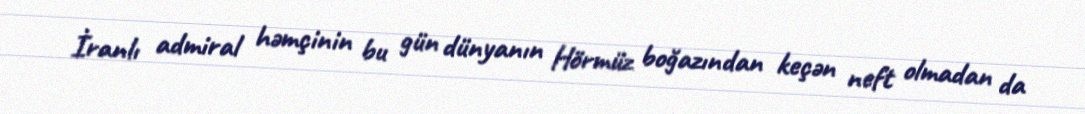
İranlı admiral həmçinin bu gün dünyanın Hörmüz boğazından keçən neft olmadan da